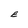
Character: E